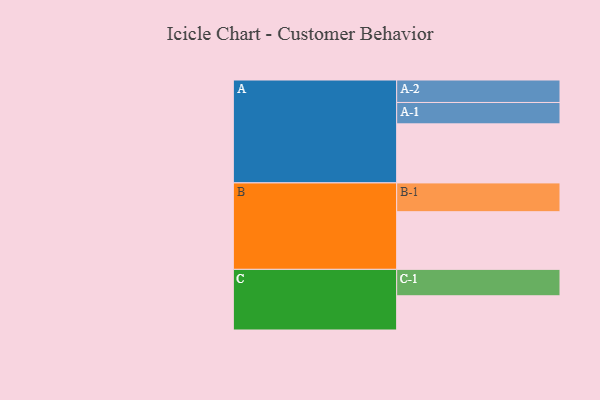
{"axis": {"x": "Segment", "y": "Value"}, "legend": ["", "A", "B", "C"], "data": [{"x": "A", "y": 599, "type": ""}, {"x": "B", "y": 585, "type": ""}, {"x": "C", "y": 347, "type": ""}, {"x": "A-1", "y": 217, "type": "A"}, {"x": "A-2", "y": 228, "type": "A"}, {"x": "B-1", "y": 292, "type": "B"}, {"x": "C-1", "y": 268, "type": "C"}]}